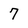
Character: 7